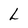
Character: L